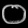
Digit: ၀